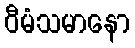
ဝီမံသမာနော